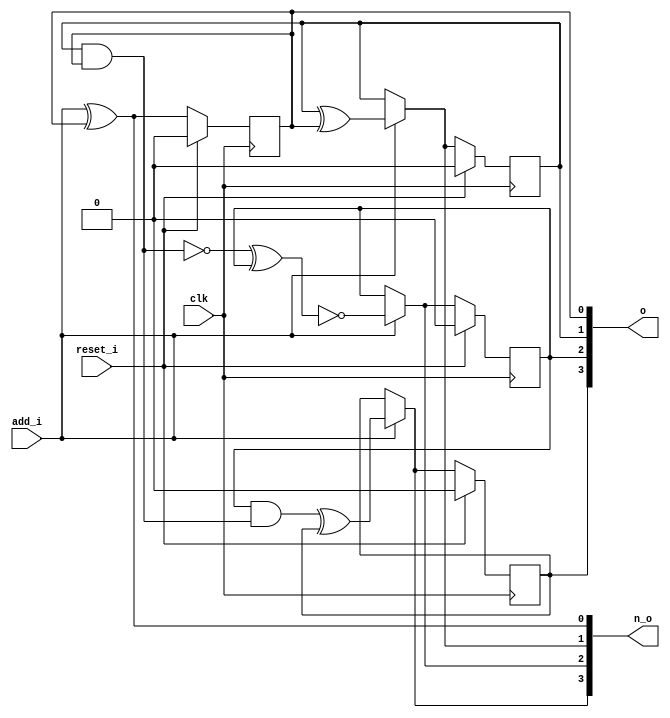
/* Generated by Yosys 0.27+9 (git sha1 101d19bb6, gcc 11.2.0-7ubuntu2 -fPIC -Os) */

(* top =  1  *)

module bsg_circular_ptr(clk, reset_i, add_i, o, n_o);
  wire _00_;
  wire _01_;
  wire _02_;
  wire _03_;
  wire _04_;
  
  input add_i;
  wire add_i;
  
  input clk;
  wire clk;
  
  output [3:0] n_o;
  wire [3:0] n_o;
  
  output [3:0] o;
  wire [3:0] o;
  
  wire [3:0] ptr_n;
  
  reg [3:0] ptr_r;
  
  input reset_i;
  wire reset_i;
  assign n_o[0] = add_i ^ ptr_r[0];
  assign _00_ = ptr_r[1] ^ ptr_r[0];
  assign n_o[1] = add_i ? _00_ : ptr_r[1];
  assign _01_ = ~(ptr_r[1] & ptr_r[0]);
  assign _02_ = ~(_01_ ^ ptr_r[2]);
  assign n_o[2] = add_i ? _02_ : ptr_r[2];
  assign _03_ = ptr_r[2] & ~(_01_);
  assign _04_ = _03_ ^ ptr_r[3];
  assign n_o[3] = add_i ? _04_ : ptr_r[3];
  (* \always_ff  = 32'd1 *)
  
  always @(posedge clk)
    if (reset_i) ptr_r[2] <= 1'h0;
    else ptr_r[2] <= n_o[2];
  (* \always_ff  = 32'd1 *)
  
  always @(posedge clk)
    if (reset_i) ptr_r[3] <= 1'h0;
    else ptr_r[3] <= n_o[3];
  (* \always_ff  = 32'd1 *)
  
  always @(posedge clk)
    if (reset_i) ptr_r[0] <= 1'h0;
    else ptr_r[0] <= n_o[0];
  (* \always_ff  = 32'd1 *)
  
  always @(posedge clk)
    if (reset_i) ptr_r[1] <= 1'h0;
    else ptr_r[1] <= n_o[1];
  assign o = ptr_r;
  assign ptr_n = n_o;
endmodule